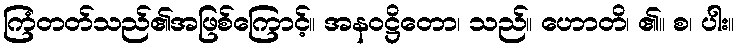
ကြံတတ်သည်၏အဖြစ်ကြောင့်။ အနဝဋ္ဌိတော၊ သည်။ ဟောတိ၊ ၏။ စ၊ ပါး။